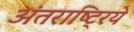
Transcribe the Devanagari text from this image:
अंतराष्ट्रिये